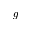
g